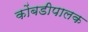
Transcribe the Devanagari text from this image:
कोंबडीपालक